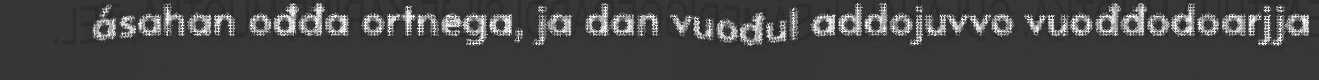
ásahan ođđa ortnega, ja dan vuođul addojuvvo vuođđodoarjja